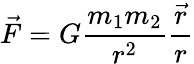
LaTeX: {\vec{F}}=G{\frac{m_{1}m_{2}}{r^{2}}}{\frac{\vec{r}}{r}}